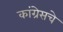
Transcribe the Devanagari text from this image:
कांग्रेसचे